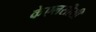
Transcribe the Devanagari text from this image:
केएलसीसी